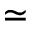
\simeq